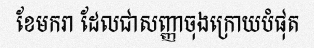
ខែមករា ដែលជាសញ្ញាចុងក្រោយបំផុត